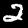
Label: 2